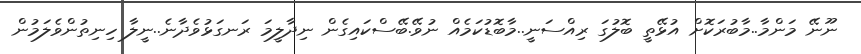
ނޫނޭ މަންމާ..މާބުރަކޮށް އުޅޭތީ ބޮލުގަ ރިއްސަނީ..މާބޮޑުކަމެއް ނުވޭ.ބޭސްކައިގެން ނިދާލީމަ ރަނގަޅުވެދާނެ..ނީލާ ހިނިތުންވެލަމުން